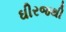
ઘીરજથી